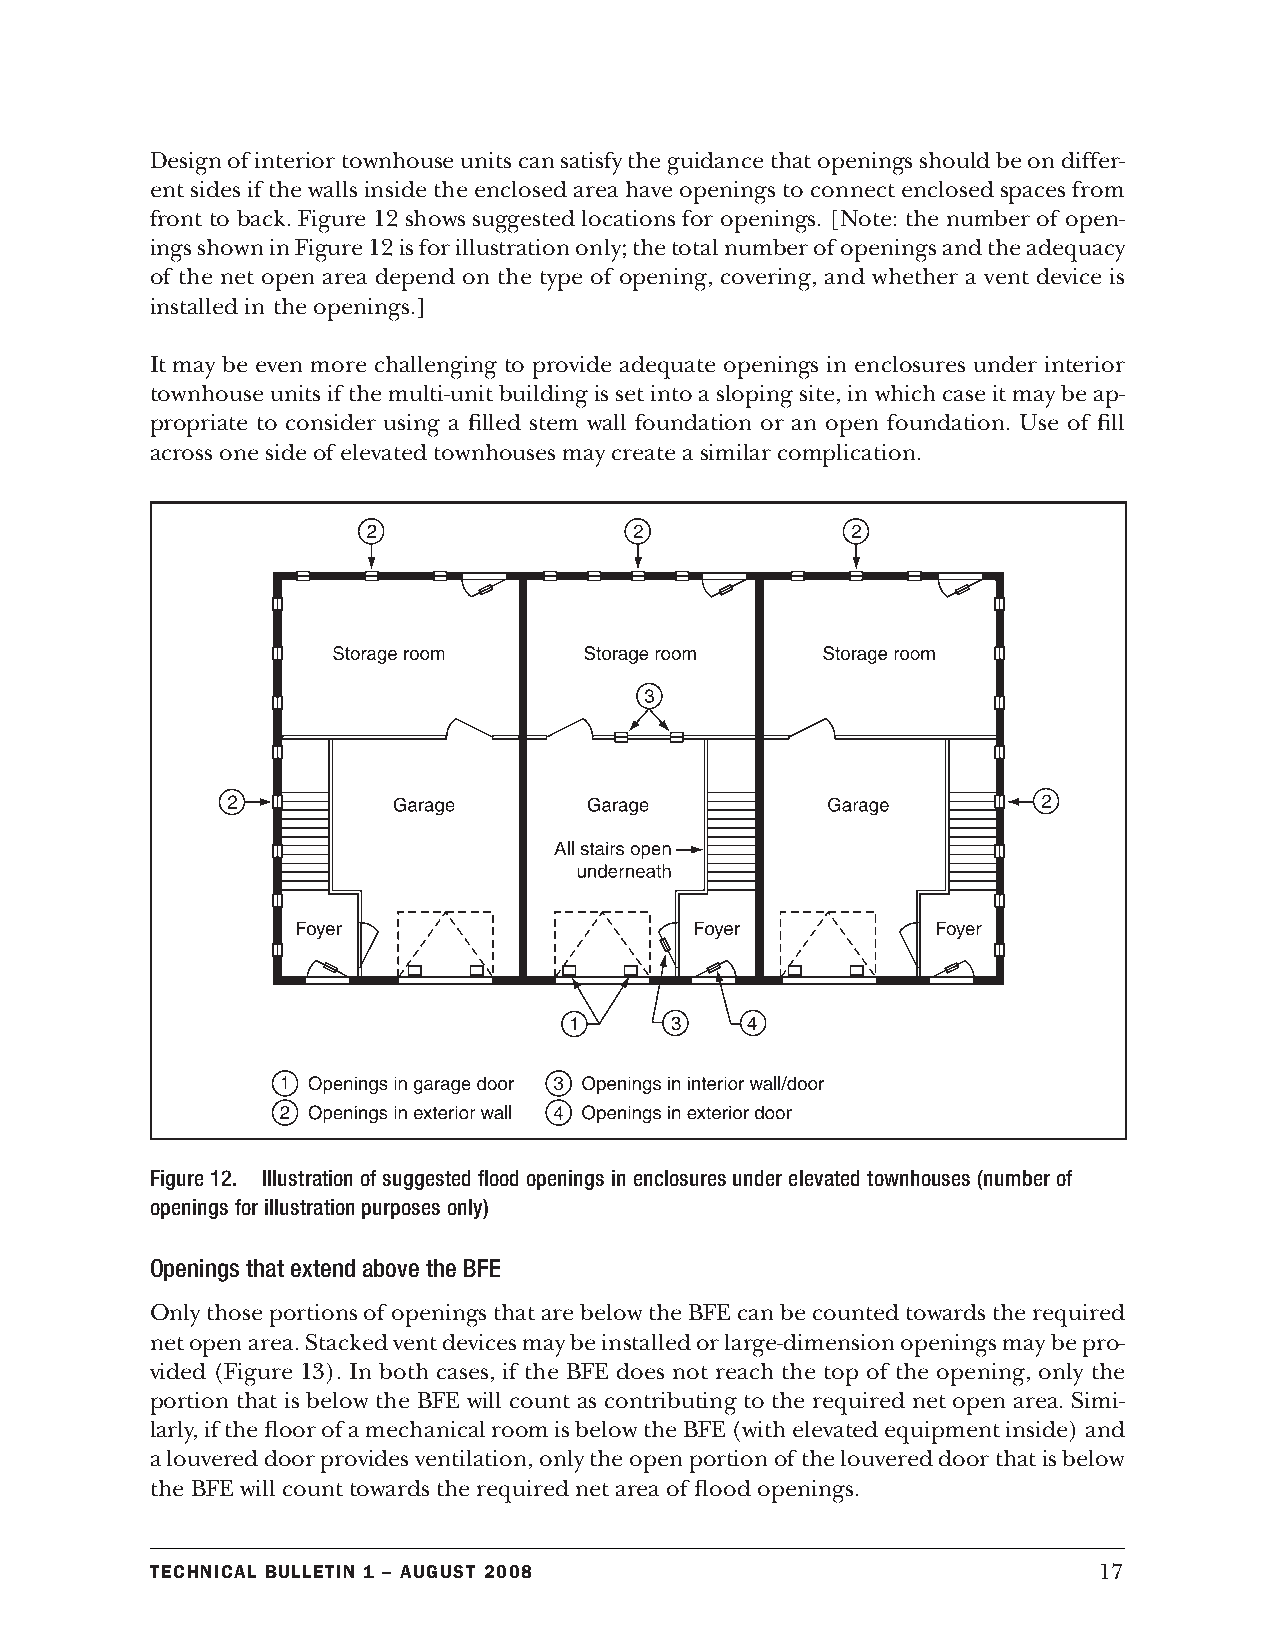
Design of interior townhouse units can satisfy the guidance that openings should be on differ-
 ent sides if the walls inside the enclosed area have openings to connect enclosed spaces from
 front to back. Figure 12 shows suggested locations for openings. [Note: the number of open-
 ings shown in Figure 12 is for illustration only; the total number of openings and the adequacy
 of the net open area depend on the type of opening, covering, and whether a vent device is
 installed in the openings.]
 It may be even more challenging to provide adequate openings in enclosures under interior
 townhouse units if the multi-unit building is set into a sloping site, in which case it may be ap-
 propriate to consider using a filled stem wall foundation or an open foundation. Use of fill
 across one side of elevated townhouses may create a similar complication.
 Figure 12. Illustration of suggested flood openings in enclosures under elevated townhouses (number of
 openings for illustration purposes only)
 Openings that extend above the BFE
 Only those portions of openings that are below the BFE can be counted towards the required
 net open area. Stacked vent devices may be installed or large-dimension openings may be pro-
 vided (Figure 13). In both cases, if the BFE does not reach the top of the opening, only the
 portion that is below the BFE will count as contributing to the required net open area. Simi-
 larly, if the floor of a mechanical room is below the BFE (with elevated equipment inside) and
 a louvered door provides ventilation, only the open portion of the louvered door that is below
 the BFE will count towards the required net area of flood openings.
 Technical BulleTin 1 – augusT 2008                             17